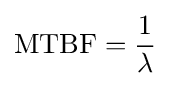
{\text{MTBF}}={\frac {1}{\lambda }}